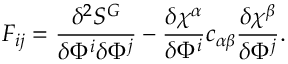
F _ { i j } = \frac { \delta ^ { 2 } S ^ { G } } { \delta \Phi ^ { i } \delta \Phi ^ { j } } - \frac { \delta \chi ^ { \alpha } } { \delta \Phi ^ { i } } c _ { \alpha \beta } \frac { \delta \chi ^ { \beta } } { \delta \Phi ^ { j } } .